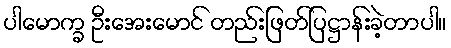
ပါမောက္ခ ဦးအေးမောင် တည်းဖြတ်ပြဋ္ဌာန်းခဲ့တာပါ။